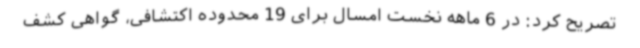
تصریح کرد: در 6 ماهه نخست امسال برای 19 محدوده اکتشافی، گواهی کشف